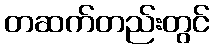
တဆက်တည်းတွင်